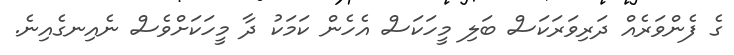
ގެ ފެންވަރެއް ދަރިވަރަކަސް ބަލި މީހަކަސް އެހެން ކަމަކު ދާ މީހަކަށްވެސް ނެއިނގެއިނެ.